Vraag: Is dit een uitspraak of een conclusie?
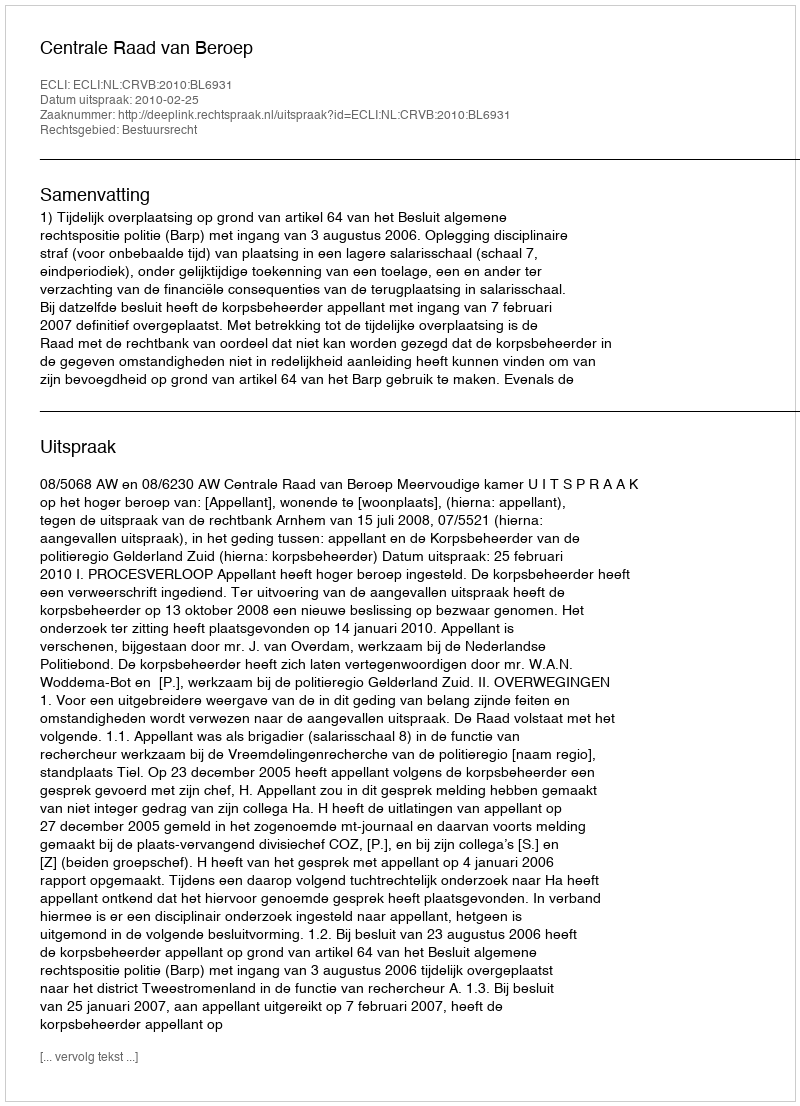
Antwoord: Uitspraak